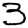
Digit: 3